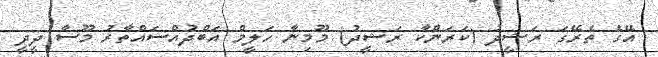
އޭގެ ތެރޭގަ ރަޝީދު (ކަރަންކާ ރަޝީދު) މޫމިނާ ހަލީމް އަބްދުއްސައްތާރު މޫސާ ދީދީ